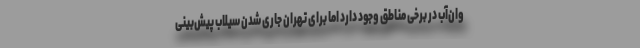
وان‌آب در برخی مناطق وجود دارد اما برای تهران جاری شدن سیلاب پیش‌بینی